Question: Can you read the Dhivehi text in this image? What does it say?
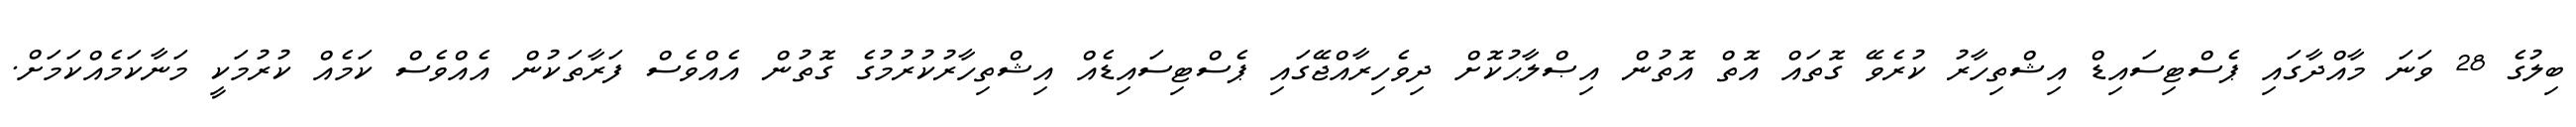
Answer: ބިލުގެ 28 ވަނަ މާއްދާގައި ޕެސްޓިސައިޑް އިޝްތިހާރު ކުރެވޭ ގޮތައް އޮތް އޮތުން އިޞްލާޙުކޮށް ދިވެހިރާއްޖޭގައި ޕެސްޓިސައިޑެއް އިޝްތިހާރުކުރުމުގެ ގޮތުން އެއްވެސް ފަރާތަކުން އެއްވެސް ކަމެއް ކުރުމަކީ މަނާކަމެއްކަމަށް.